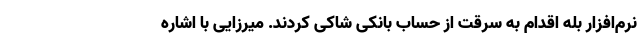
نرم‌افزار بله اقدام به سرقت از حساب بانکی شاکی کردند. میرزایی با اشاره